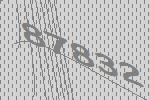
87832